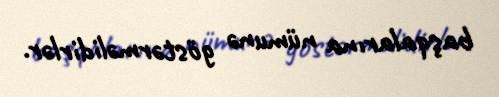
başqalarına nümunə göstərməlidirlər.